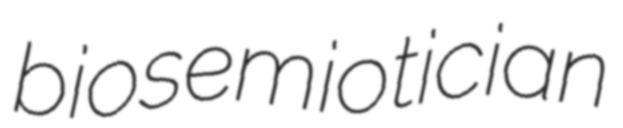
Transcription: biosemiotician